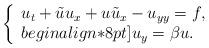
LaTeX: \begin{align*}\left\{\begin{array}{ll}u_t + \tilde{u} u_x + u \tilde{u}_x - u_{yy} = f,\\begin{align*}8pt]u_y = \beta u.\end{array}\right.\end{align*}